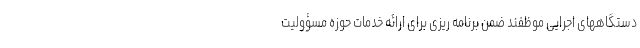
دستگاههای اجرایی موظفند ضمن برنامه ریزی برای ارائه خدمات حوزه مسؤولیت